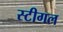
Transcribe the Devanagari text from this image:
स्टीगल